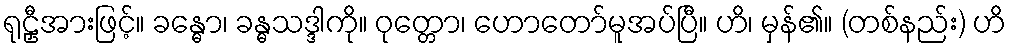
ရုဠှီအားဖြင့်။ ခန္ဓော၊ ခန္ဓသဒ္ဒါကို။ ဝုတ္တော၊ ဟောတော်မူအပ်ပြီ။ ဟိ၊ မှန်၏။ (တစ်နည်း) ဟိ